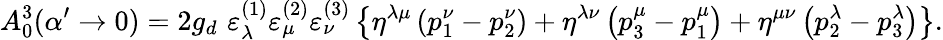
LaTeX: A_{0}^{3}(\alpha^{\prime}\rightarrow 0)=2g_{d}\, \, \varepsilon_{\lambda}^{(1)}\varepsilon_{\mu}^{(2)}\varepsilon_{\nu}^{(3)}\left\{ \eta^{\lambda\mu}\left(p_{1}^{\nu}-p_{2}^{\nu}\right)+\eta^{\lambda\nu}\left(p_{3}^{\mu}-p_{1}^{\mu}\right)+\eta^{\mu\nu}\left(p_{2}^{\lambda}-p_{3}^{\lambda}\right)\right\} .